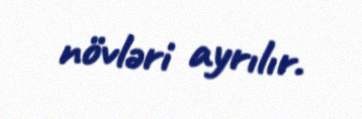
növləri ayrılır.